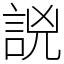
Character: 𧧗